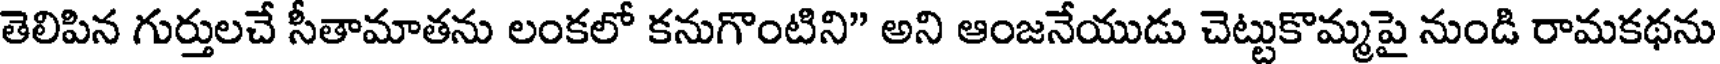
తెలిపిన గుర్తులచే సీతామాతను లంకలో కనుగొంటిని" అని ఆంజనేయుడు చెట్టుకొమ్మపై నుండి రామకథను